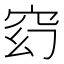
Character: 𥥆